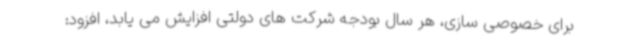
برای خصوصی سازی، هر سال بودجه شرکت های دولتی افزایش می یابد، افزود: